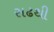
સઢથી